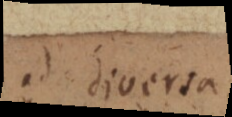
ad diversa